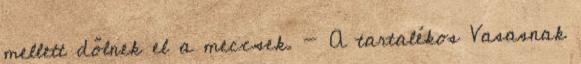
mellett dőlnek el a meccsek. - A tartalékos Vasasnak